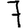
Digit: 7